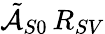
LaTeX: \tilde{\mathcal{A}}_{S0}\, R_{SV}